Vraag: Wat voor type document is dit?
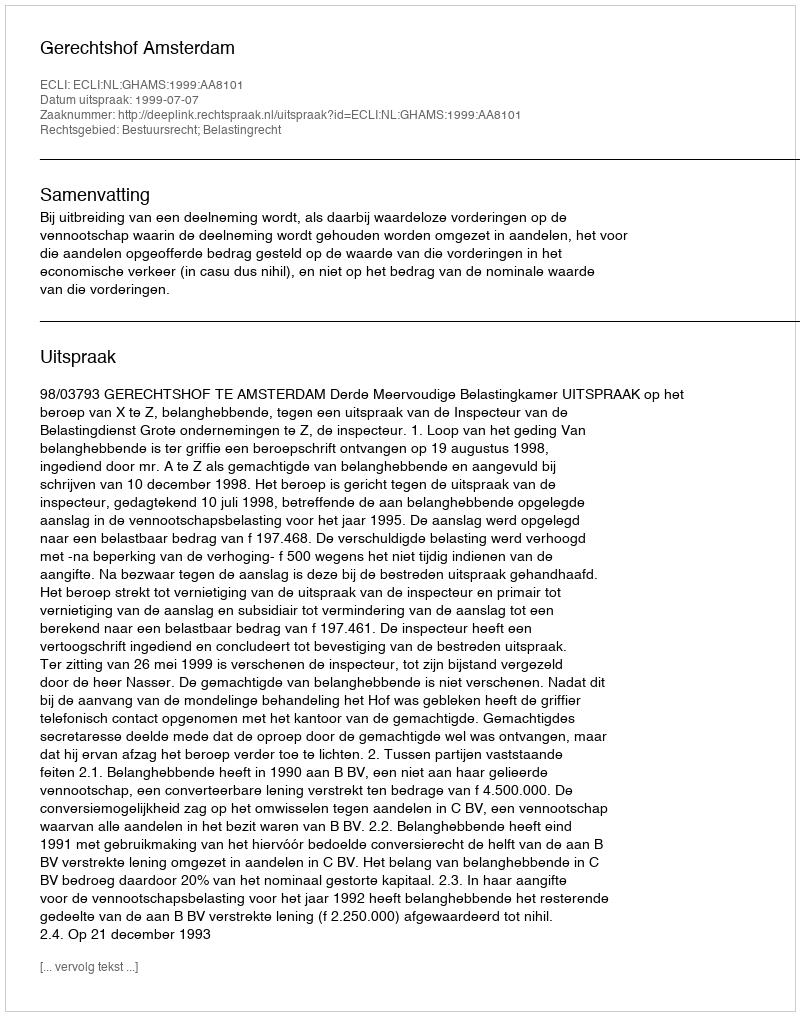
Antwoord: Uitspraak